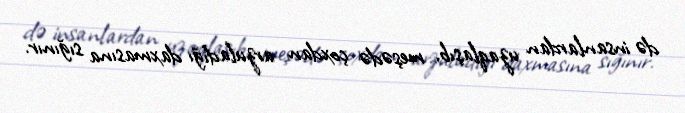
də insanlardan uzaqlaşıb, meşədə çoxdan arzuladığı daxmasına sığınır.